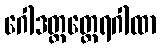
ဂေါဒတ္တတ္ထေရဂါထာ